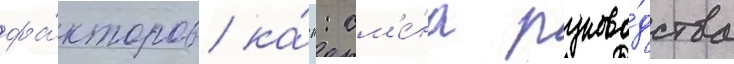
фа́кторов ка́к: см'е́на руково́дства